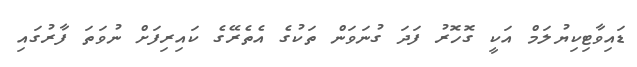
ޑައިވާޓިކިޔުލަމް އަކީ ގޮހޮރު ފަދަ ގުނަވަން ތަކުގެ އެތެރޭގެ ކައިރިފަށް ނުވަތަ ފާރުގައި